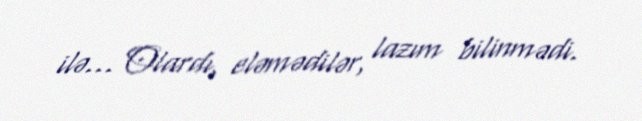
ilə... Olardı, eləmədilər, lazım bilinmədi.